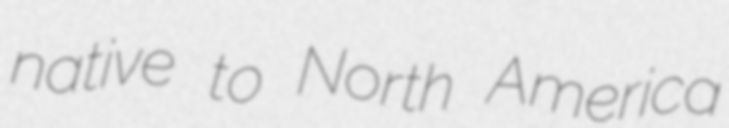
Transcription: native to North America